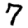
Digit: 7